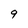
Character: 9